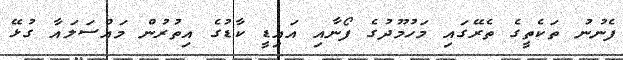
ފެނުނު ތަކެތީގެ ތެރޭގައި މަހުމޫދުގެ ފޯނާއި އައިޑީ ކާޑުގެ އިތުރުން މައްސަލައާ ގުޅޭ